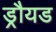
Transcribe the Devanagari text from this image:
ड्रौयड